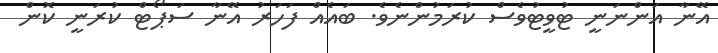
އޭނާ އަންނަނީ ޓުވީޓުވެސް ކުރަމުންނެވެ. ބައެއް ފަހަރު އޭނާ ސަޕޯޓް ކުރަނީ ކޮން